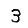
Digit: 3